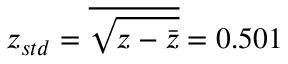
z _ { s t d } = \overline { { \sqrt { z - \bar { z } } } } = 0 . 5 0 1